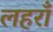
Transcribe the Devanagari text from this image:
लहराँ